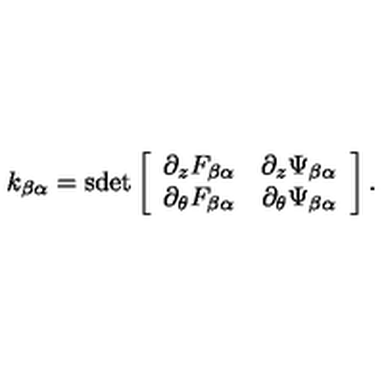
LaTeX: k _ { \beta \alpha } = \mathrm { s d e t } \left[ \begin{array} { c c } { \partial _ { z } F _ { \beta \alpha } } & { \partial _ { z } \Psi _ { \beta \alpha } } \\ { \partial _ { \theta } F _ { \beta \alpha } } & { \partial _ { \theta } \Psi _ { \beta \alpha } } \\ \end{array} \right] .